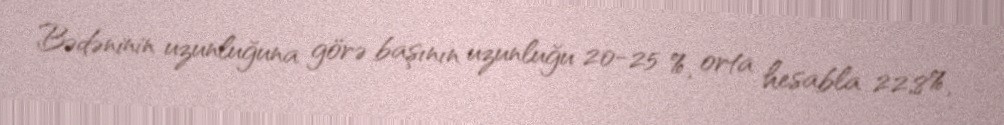
Bədəninin uzunluğuna görə başının uzunluğu 20-25 %, orta hesabla 22,8%,